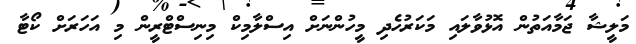
މަލީޝާ ޖަމާއަތުން އޮޅުވާލައި މަކަރުހެދި މީހުންނަށް އިސްލާމިކް މިނިސްޓްރީން މި އަހަރަށް ކޯޓާ